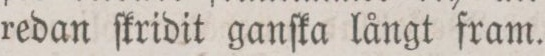
redan ſkridit ganſka långt fram.